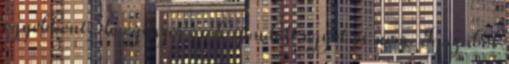
egyébként, de egyszer csak gondolt egyet és nem. Igazából